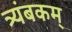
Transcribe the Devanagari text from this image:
त्र्यंबकम्